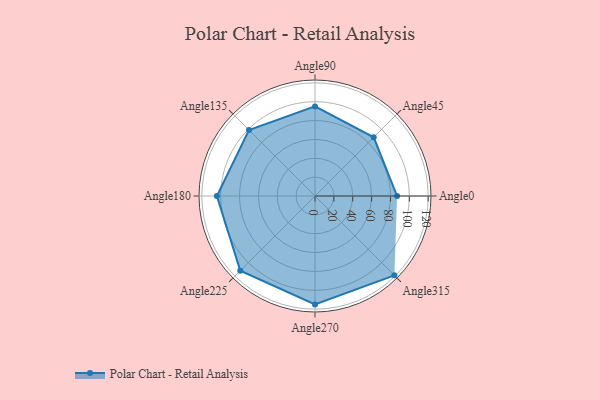
{"axis": {"x": "Angle", "y": "Radius"}, "legend": [""], "data": [{"x": "Angle0", "y": 87.0, "type": ""}, {"x": "Angle45", "y": 88.0, "type": ""}, {"x": "Angle90", "y": 95.0, "type": ""}, {"x": "Angle135", "y": 99.0, "type": ""}, {"x": "Angle180", "y": 104.0, "type": ""}, {"x": "Angle225", "y": 112.0, "type": ""}, {"x": "Angle270", "y": 115.0, "type": ""}, {"x": "Angle315", "y": 119.0, "type": ""}]}